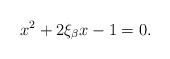
LaTeX: \begin{align*}x^2 + 2\xi_\beta x -1 = 0.\end{align*}